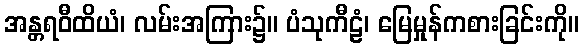
အန္တရဝီထိယံ၊ လမ်းအကြား၌။ ပံသုကီဠံ၊ မြေမှုန်ကစားခြင်းကို။